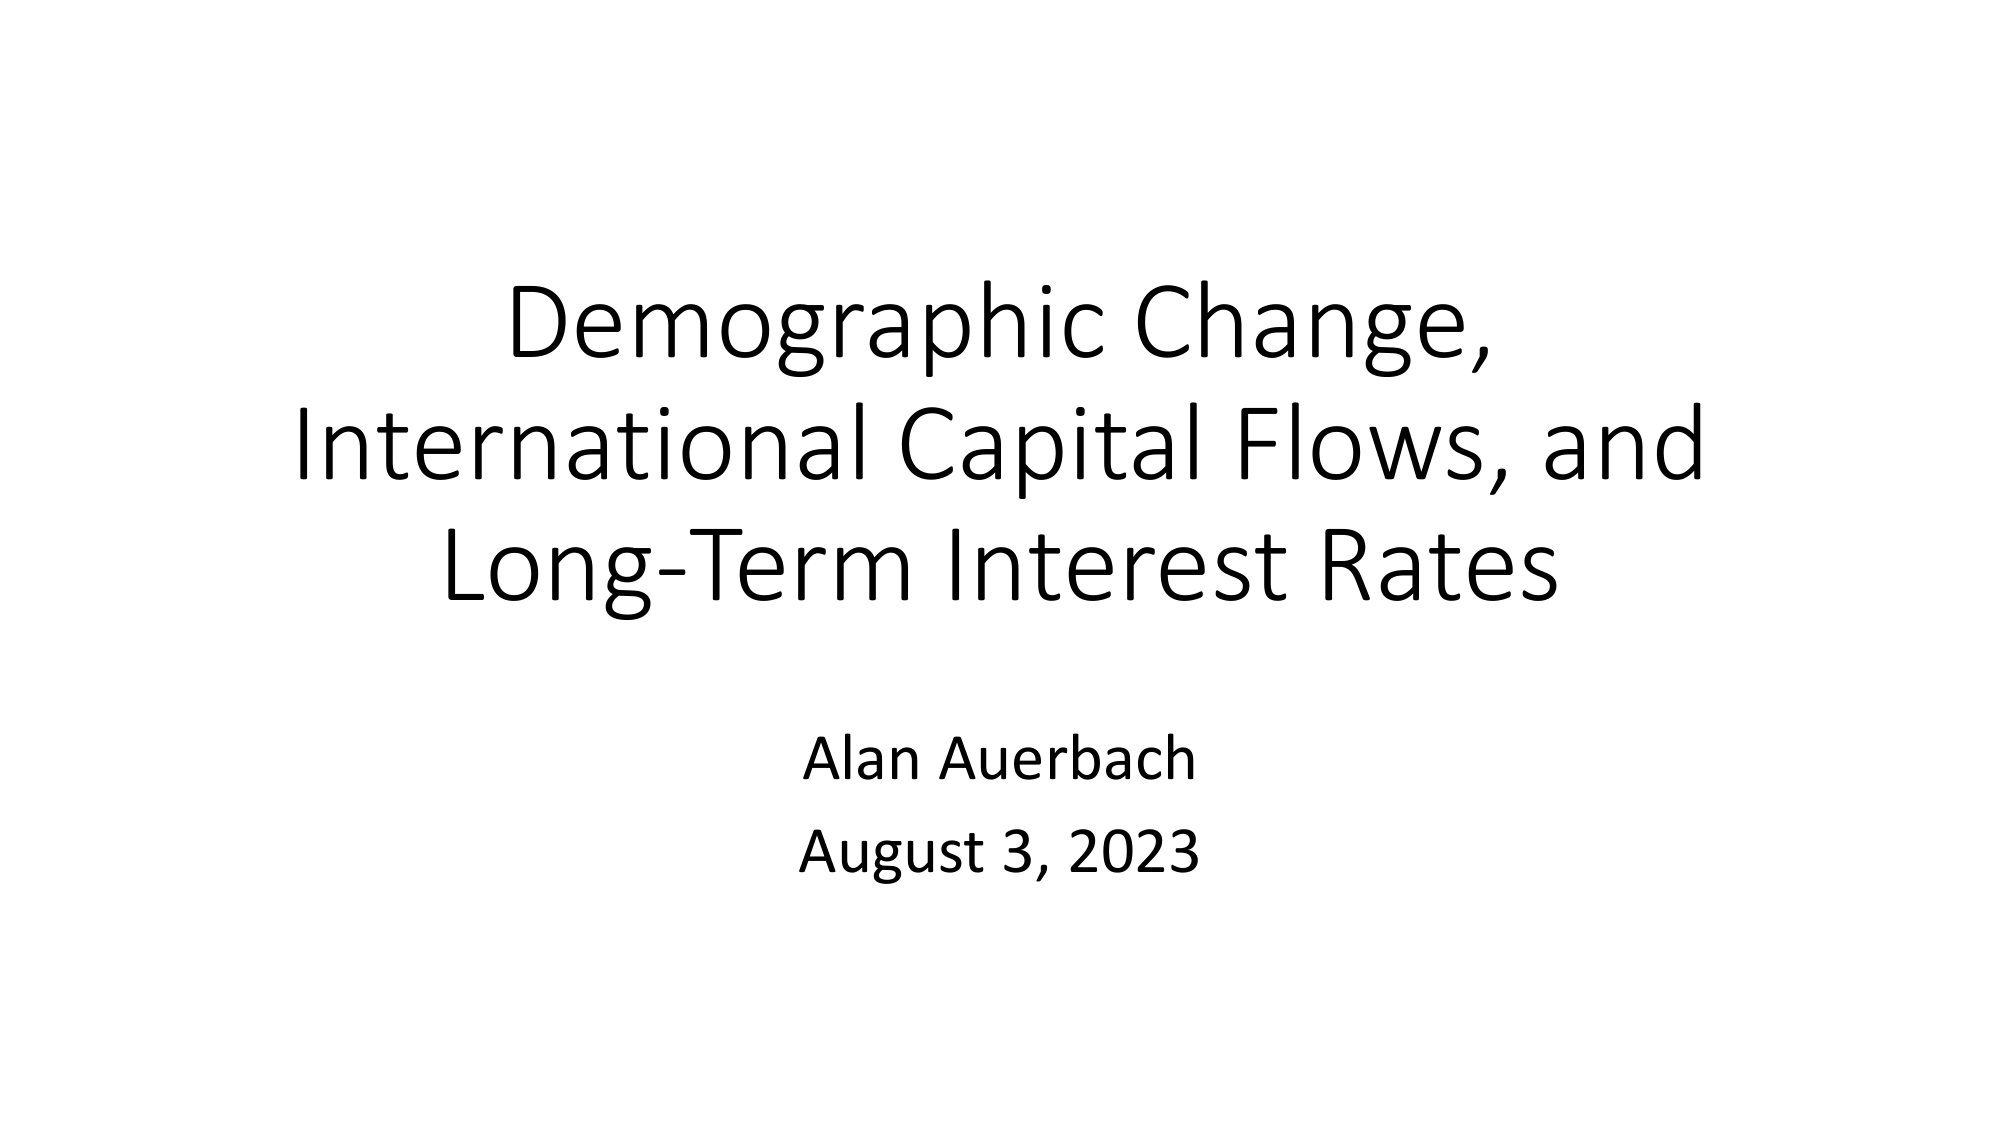
Demographic Change,
International Capital Flows, and
Long-Term Interest Rates

Alan Auerbach
August 3, 2023